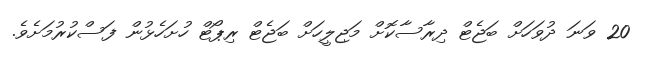
20 ވަނަ ދުވަހަށް ބަޖެޓް ދިރާސާކޮށް މަޖިލީހަށް ބަޖެޓް ރިޕޯޓް ހުށަހެޅުން ފަސްކުރުމަށެވެ.